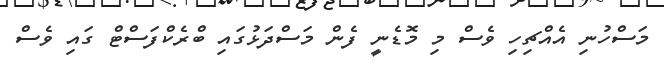
މަސްހުނި އެއްޗިހި ވެސް މި މޮޑެނީ ފެން މަސްދަޅުގައި ބްރެކްފަސްޓް ގައި ވެސް